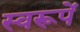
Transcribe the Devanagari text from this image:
स्वरूपें